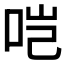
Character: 𫩯